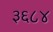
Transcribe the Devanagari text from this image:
३६८४